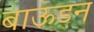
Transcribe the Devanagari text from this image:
बाऊडन